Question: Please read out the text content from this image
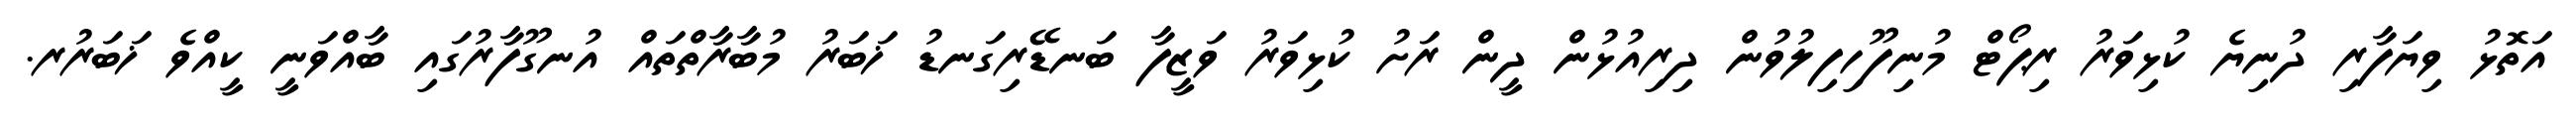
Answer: އަތޮޅު ވިޔަފާރި ދުނިޔެ ކުޅިވަރު ރިޕޯޓް މުނިފޫހިފިލުވުން ދިރިއުޅުން ދީން ރަށު ކުޅިވަރު ވަޒީފާ ބަނޑޭރިގަނޑު ޚަބަރު މުބާރާތްތައް އުނގޫފާރުގައި ބާއްވަނީ ކީއްވެ ޚަބަރުރ.